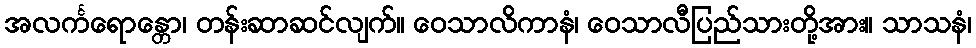
အလင်္ကရောန္တော၊ တန်းဆာဆင်လျက်။ ဝေသာလိကာနံ၊ ဝေသာလီပြည်သားတို့အား။ သာသနံ၊